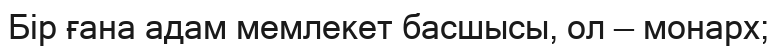
Бір ғана адам мемлекет басшысы, ол — монарх;